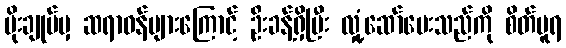
မိုးချုပ်မှ ဆရာဝန်များကြောင့် ဦးခန့်ရှိပြီး လှုံ့ဆော်ပေးသည်ကို စိတ်ပူရ